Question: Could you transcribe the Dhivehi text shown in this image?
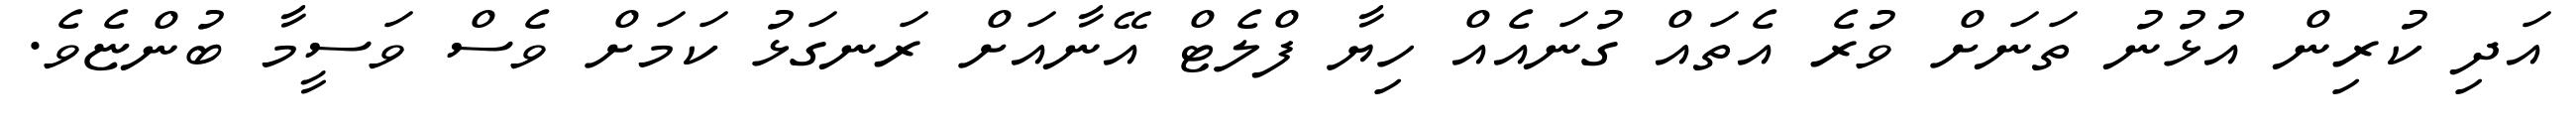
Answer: އަދި ކުރިން އުޅުނު ތަނަށް ވުރެ އެތައް ގުނައެއް ހިޔާ ފްލެޓް އޭނާއަށް ރަނގަޅު ކަމަށް ވެސް ވަސީމާ ބުންޏެވެ.